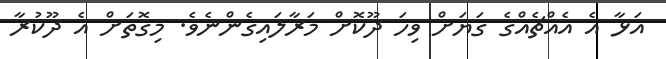
އަޅާ އެ އެއްޗެއްގެ ގަޔަށް ވިހަ ދޫކޮށް މަރާލައިގެންނެވެ. މިގޮތަށް އެ ދޫކުރާ